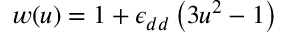
w ( u ) = 1 + \epsilon _ { d d } \left( 3 u ^ { 2 } - 1 \right)